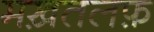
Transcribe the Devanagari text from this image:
मख़तलफ़